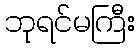
ဘုရင်မကြီး